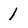
Character: 1